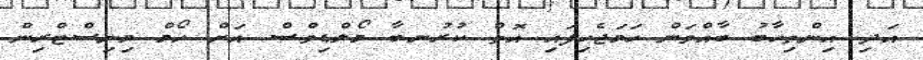
އަދި އިންތިހާބު ބާއްވަން ހަމަޖެހިފައި އޮތް ކުރުނބާ މޯލްޑިވްސް އަށް ހޯމް މިނިސްޓްރިން